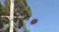
૰